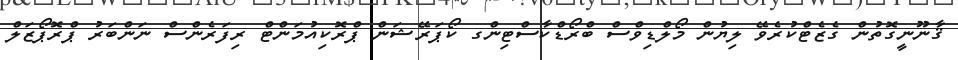
ޤާނޫނީގޮތުން ގެޒެޓްކުރެވޭ ލިޔުން މޯލްޑިވްސް ބްރޯޑްކާސްޓިންގ ކޯޕަރޭޝަން ޕްރޮކިއުމަންޓް ރިފަރެންސް ނަންބަރު ޕްރޮޕޯޒަލް